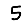
Digit: 5